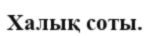
Халық соты.